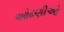
ઓઢણીઓ